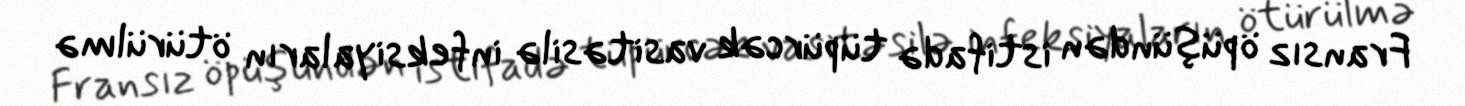
Fransız öpüşündən istifadə tüpürcək vasitəsilə infeksiyaların ötürülmə